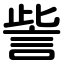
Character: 訾